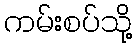
ကမ်းစပ်သို့